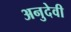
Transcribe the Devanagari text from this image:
अनुदेवी